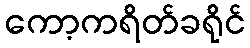
ကော့ကရိတ်ခရိုင်